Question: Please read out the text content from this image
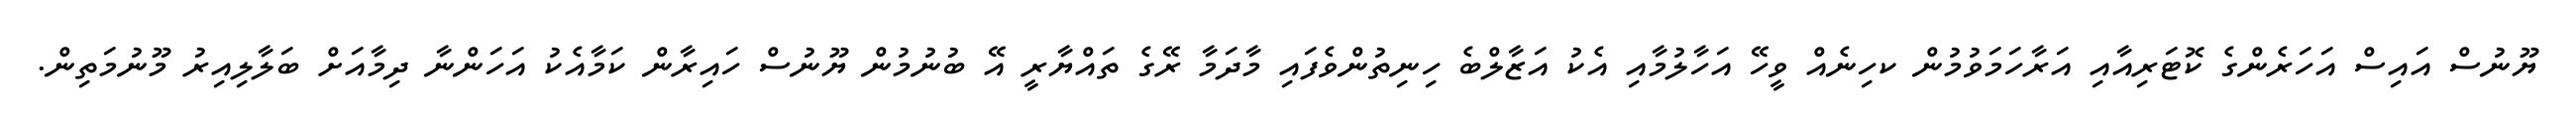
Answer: ޔޫނުސް އައިސް އަހަރެންގެ ކޮޓަރިއާއި އަރާހަމަވުމުން ކހިނެއް ވީހޭ އަހާލުމާއި އެކު އަޒާލްބެ ހިނިތުންވެފައި މާދަމާ ރޭގެ ތައްޔާރީ އޭ ބުނުމުން ޔޫނުސް ހައިރާން ކަމާއެކު އަހަންނާ ދިމާއަށް ބަލާލިއިރު މޫނުމަތިން.